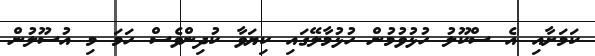
ކަމަށާއި އެ ސްކޫލު ހުޅުވުމުން ހުޅުމާލޭގައި ކިޔަވާ ކުދިންވެސް ހަމަ މި އުސޫލުން